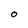
Character: O